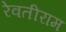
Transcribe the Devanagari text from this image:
रेवतीराम